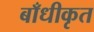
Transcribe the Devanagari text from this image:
बाँधीकृत